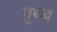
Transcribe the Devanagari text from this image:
पृथ्व